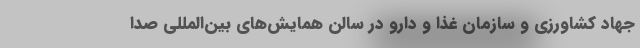
جهاد کشاورزی و سازمان غذا و دارو در سالن همایش‌های بین‌المللی صدا